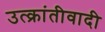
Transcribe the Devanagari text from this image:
उत्क्रांतीवादी